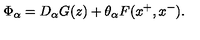
\Phi _ { \alpha } = D _ { \alpha } G ( z ) + \theta _ { \alpha } F ( x ^ { + } , x ^ { - } ) .